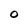
Character: O